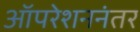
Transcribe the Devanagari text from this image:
ऑपरेशननंतर